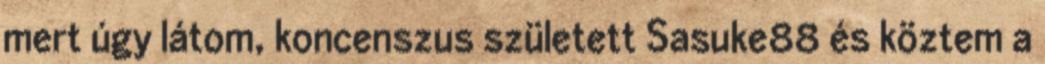
mert úgy látom, koncenszus született Sasuke88 és köztem a